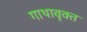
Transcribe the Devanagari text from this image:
गाथावृक्त